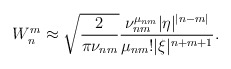
\begin{align*}W_n^m\approx\sqrt {\frac 2{\pi\nu_{nm}}}\frac {\nu_{nm}^{\mu_{nm}}|\eta |^{|n-m|}}{\mu_{nm}!|\xi |^{n+m+1}}.\end{align*}